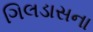
ગિલડાસના